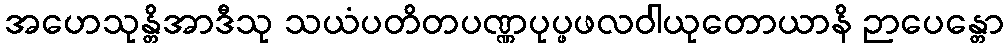
အဟေသုန္တိအာဒီသု သယံပတိတပဏ္ဏပုပ္ဖဖလဝါယုတောယာနိ ဉာပေန္တော